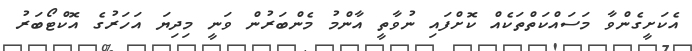
އެކަށީގެންވާ މަސައްކަތްތަކެއް ކޮށްފައި ނުވާތީ އާންމު މެންބަރުން ވަނީ މިދިޔަ އަހަރުގެ އޮކްޓޯބަރު